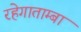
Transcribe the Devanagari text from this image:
रहेगाताम्बा